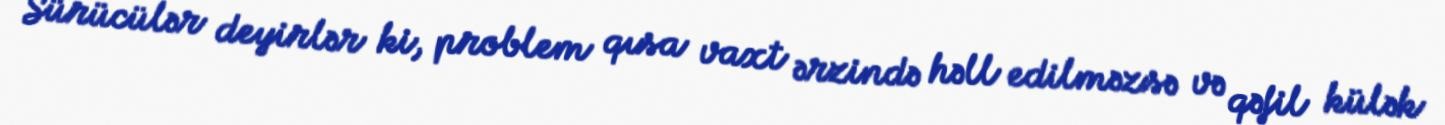
Sürücülər deyirlər ki, problem qısa vaxt ərzində həll edilməzsə və qəfil külək